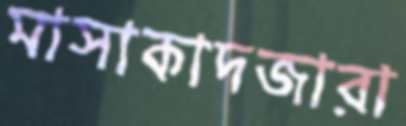
মাসাকাদজারা